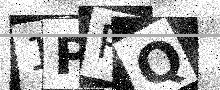
Text: 1PPQ